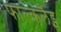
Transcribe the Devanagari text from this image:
फाल्कलैंड्स